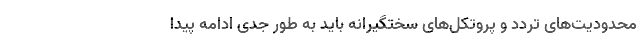
محدودیت‌های تردد و پروتکل‌های سختگیرانه باید به طور جدی ادامه پیدا